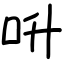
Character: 呏